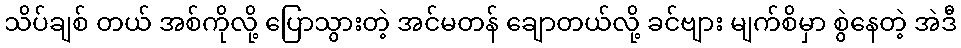
သိပ်ချစ် တယ် အစ်ကိုလို့ ပြောသွားတဲ့ အင်မတန် ချောတယ်လို့ ခင်ဗျား မျက်စိမှာ စွဲနေတဲ့ အဲဒီ